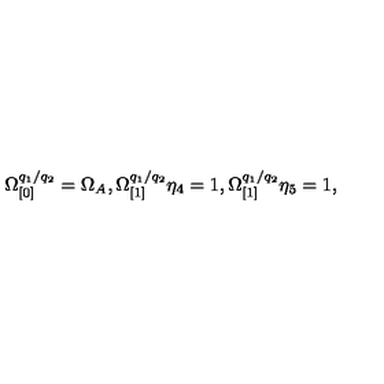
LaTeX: \Omega _ { \lbrack 0 ] } ^ { q _ { 1 } / q _ { 2 } } = \Omega _ { A } , \Omega _ { \lbrack 1 ] } ^ { q _ { 1 } / q _ { 2 } } \eta _ { 4 } = 1 , \Omega _ { \lbrack 1 ] } ^ { q _ { 1 } / q _ { 2 } } \eta _ { 5 } = 1 ,